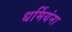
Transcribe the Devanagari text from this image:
धर्मियंना